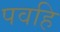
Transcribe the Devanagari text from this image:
पवहि